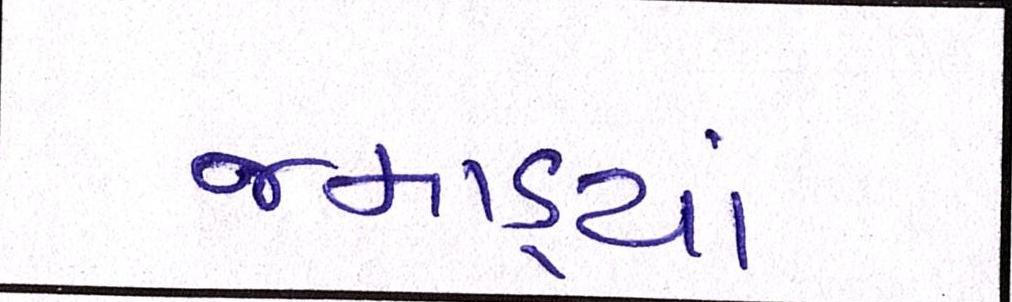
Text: જમાડ્યાં